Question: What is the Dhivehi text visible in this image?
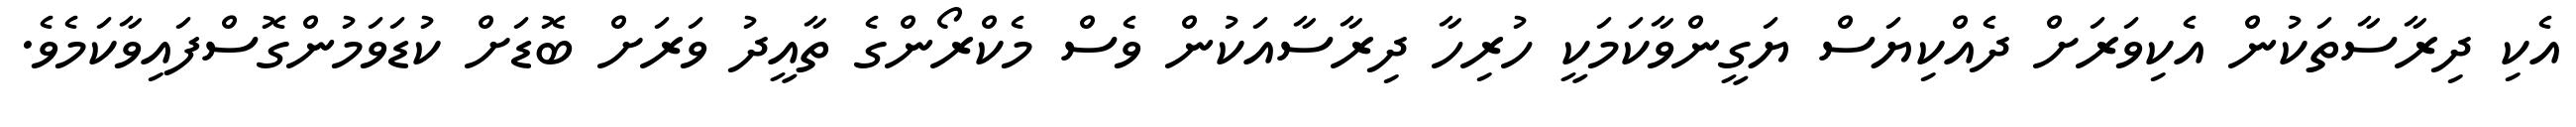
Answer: އެކި ދިރާސާތަކުން އެކިވަރަށް ދެއްކިޔަސް ޔަގީންވާކަމަކީ ހުރިހާ ދިރާސާއަކުން ވެސް މެކްރޯންގެ ތާއީދު ވަރަށް ބޮޑަށް ކުޑަވަމުންގޮސްފައިވާކަމެވެ.